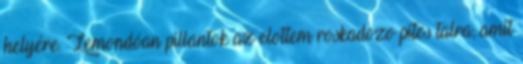
helyére. Lemondóan pillantok az elottem roskadozo pites talra, amit